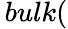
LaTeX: \, bulk(